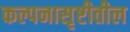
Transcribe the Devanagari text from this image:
कल्पनासृष्टीतील